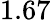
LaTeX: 1.67